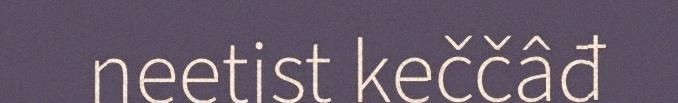
neetist keččâđ